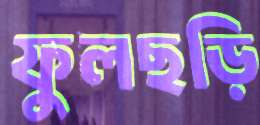
ফুলছড়ি